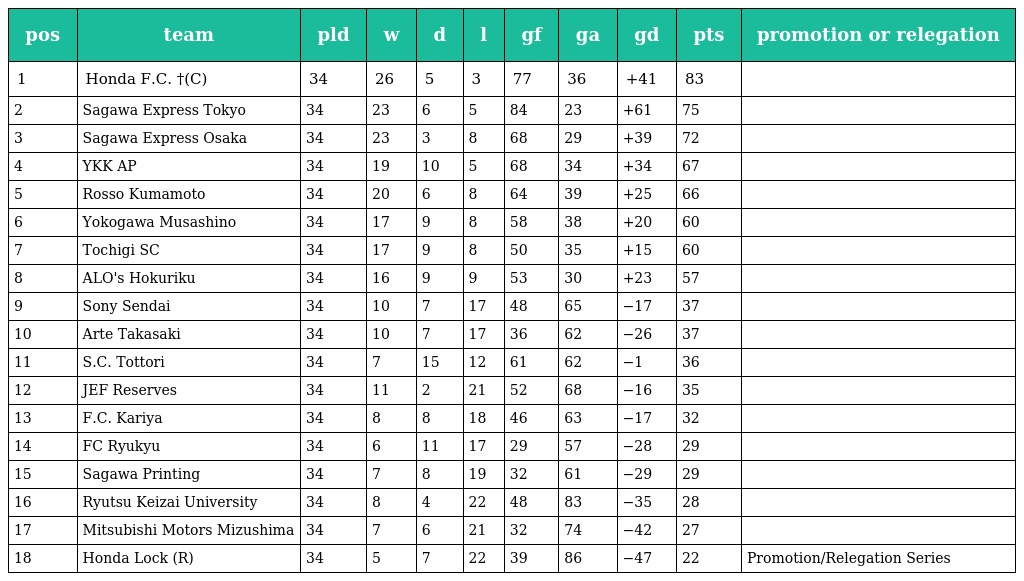
| pos | team | pld | w | d | l | gf | ga | gd | pts | promotion or relegation |
 | --- | --- | --- | --- | --- | --- | --- | --- | --- | --- | --- |
 | 1 | Honda F.C. †(C) | 34 | 26 | 5 | 3 | 77 | 36 | +41 | 83 |  |
 | 2 | Sagawa Express Tokyo | 34 | 23 | 6 | 5 | 84 | 23 | +61 | 75 |  |
 | 3 | Sagawa Express Osaka | 34 | 23 | 3 | 8 | 68 | 29 | +39 | 72 |  |
 | 4 | YKK AP | 34 | 19 | 10 | 5 | 68 | 34 | +34 | 67 |  |
 | 5 | Rosso Kumamoto | 34 | 20 | 6 | 8 | 64 | 39 | +25 | 66 |  |
 | 6 | Yokogawa Musashino | 34 | 17 | 9 | 8 | 58 | 38 | +20 | 60 |  |
 | 7 | Tochigi SC | 34 | 17 | 9 | 8 | 50 | 35 | +15 | 60 |  |
 | 8 | ALO's Hokuriku | 34 | 16 | 9 | 9 | 53 | 30 | +23 | 57 |  |
 | 9 | Sony Sendai | 34 | 10 | 7 | 17 | 48 | 65 | −17 | 37 |  |
 | 10 | Arte Takasaki | 34 | 10 | 7 | 17 | 36 | 62 | −26 | 37 |  |
 | 11 | S.C. Tottori | 34 | 7 | 15 | 12 | 61 | 62 | −1 | 36 |  |
 | 12 | JEF Reserves | 34 | 11 | 2 | 21 | 52 | 68 | −16 | 35 |  |
 | 13 | F.C. Kariya | 34 | 8 | 8 | 18 | 46 | 63 | −17 | 32 |  |
 | 14 | FC Ryukyu | 34 | 6 | 11 | 17 | 29 | 57 | −28 | 29 |  |
 | 15 | Sagawa Printing | 34 | 7 | 8 | 19 | 32 | 61 | −29 | 29 |  |
 | 16 | Ryutsu Keizai University | 34 | 8 | 4 | 22 | 48 | 83 | −35 | 28 |  |
 | 17 | Mitsubishi Motors Mizushima | 34 | 7 | 6 | 21 | 32 | 74 | −42 | 27 |  |
 | 18 | Honda Lock (R) | 34 | 5 | 7 | 22 | 39 | 86 | −47 | 22 | Promotion/Relegation Series |